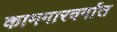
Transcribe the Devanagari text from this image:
कामगारवर्गात